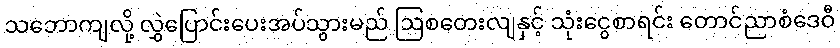
သဘောကျလို့ လွှဲပြောင်းပေးအပ်သွားမည် ဩစတေးလျနှင့် သုံးငွေစာရင်း တောင်ညာစံဒေဝီ